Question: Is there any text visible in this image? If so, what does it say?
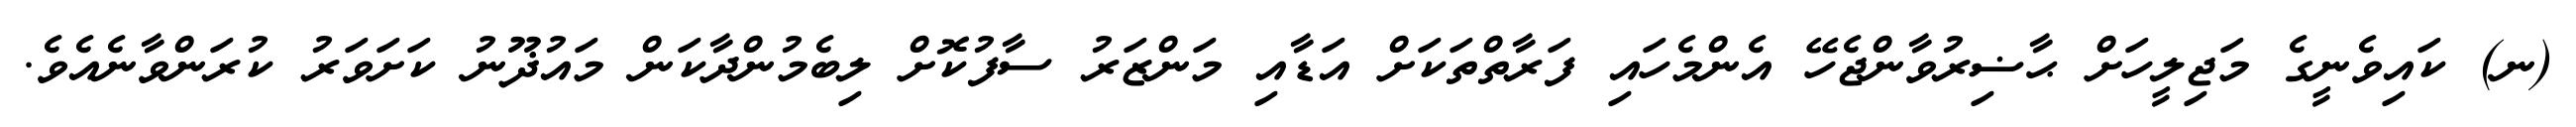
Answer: (ނ) ކައިވެނީގެ މަޖިލީހަށް ޙާޟިރުވާންޖެހޭ އެންމެހައި ފަރާތްތަކަށް އަޑާއި މަންޒަރު ސާފުކޮށް ލިބެމުންދާކަން މައުޛޫނު ކަށަވަރު ކުރަންވާނެއެވެ.